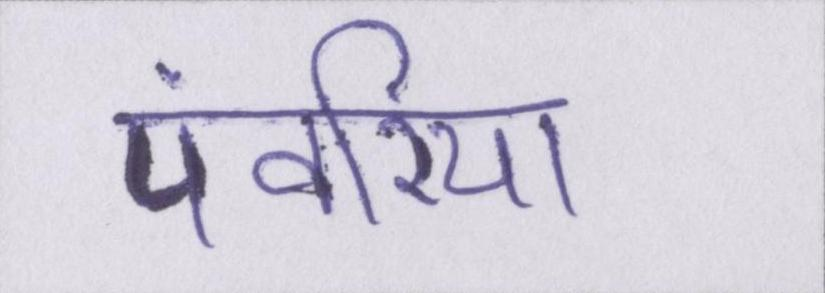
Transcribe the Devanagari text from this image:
पंवरिया